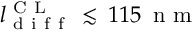
l _ { \mathrm { ~ d ~ i ~ f ~ f ~ } } ^ { \mathrm { ~ C ~ L ~ } } \, \lesssim \, 1 1 5 \, \mathrm { ~ n ~ m ~ }